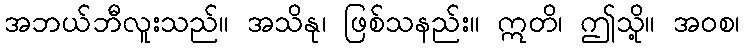
အဘယ်ဘီလူးသည်။ အသိနု၊ ဖြစ်သနည်း။ ဣတိ၊ ဤသို့။ အဝစ၊